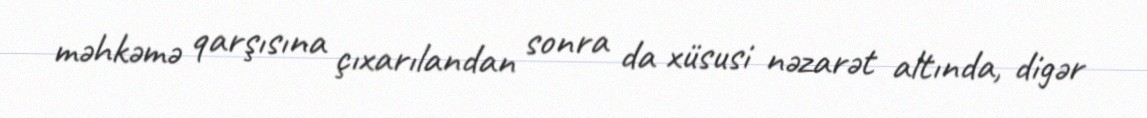
məhkəmə qarşısına çıxarılandan sonra da xüsusi nəzarət altında, digər